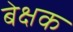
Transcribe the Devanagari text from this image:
बेक्षक